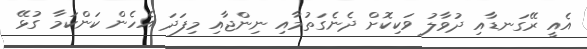
އެއީ ރޭގަނޑާއި ދުވާލު ވަކިކޮށް ދެނެގަތުމާއި ނިންޖާއި މިފަދަ އެހެން ކަންކަމާ ގުޅޭ